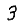
Digit: 3